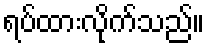
ရပ်ထားလိုက်သည်။